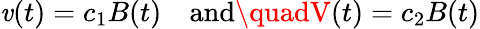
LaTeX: \mathit{v}(t)=c_{1}B(t)\quad\mathrm{{and}}\quadV(t)=c_{2}B(t)